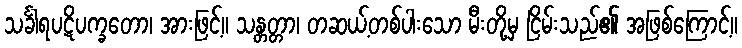
သင်္ခါရပဋိပက္ခတော၊ အားဖြင့်။ သန္တတ္တာ၊ တဆယ့်တစ်ပါးသော မီးတို့မှ ငြိမ်းသည်၏ အဖြစ်ကြောင့်။